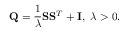
\mathbf { Q } = \frac { 1 } { \lambda } \mathbf { S } \mathbf { S } ^ { T } + \mathbf { I } , ~ \lambda > 0 .